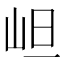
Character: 𭖌